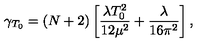
\gamma _ { T _ { 0 } } = ( N + 2 ) \left[ \frac { \lambda T _ { 0 } ^ { 2 } } { 1 2 \mu ^ { 2 } } + \frac { \lambda } { 1 6 \pi ^ { 2 } } \right] ,